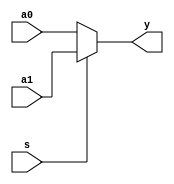
// 32 bit 2-to-1 multiplexer

module mux2x32 (a0, a1, s, y);
	input [31:0] a0, a1;
	input s;
	output [31:0] y;

	assign y = s ? a1 : a0; 
	
	
endmodule